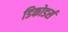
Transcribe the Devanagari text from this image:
डिकोडर्स